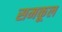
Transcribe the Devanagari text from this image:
समकूल